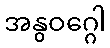
အနွဝဂ္ဂေါ